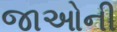
જાઓની